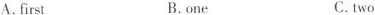
A.first B.one C.two